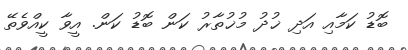
ބޮޑު ކަމާއި އަދި ޚުދު މުޚުތާރު ކަން ބޮޑު ކަން. އީވާ ކީއްވެތޭ